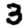
Digit: 3